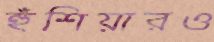
হুঁশিয়ারও